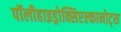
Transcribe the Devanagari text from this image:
पॉलीहाइड्रोक्सिएल्कानोट्स